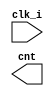
`timescale 1ns / 1ps
//////////////////////////////////////////////////////////////////////////////////
// Company: 
// Engineer: 
// 
// Design Name: 
// Module Name: counter_ten
// Project Name: 
// Target Devices: 
// Tool Versions: 
// Description: 
// 
// Dependencies: 
// 
// Revision:
// Revision 0.01 - File Created
// Additional Comments:
// 
//////////////////////////////////////////////////////////////////////////////////


module counter_ten(
    input clk_i,
    output reg [3:0] cnt
    );
    
    
endmodule